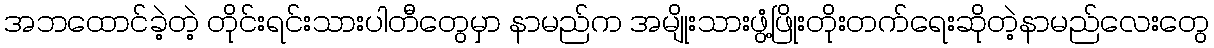
အဘထောင်ခဲ့တဲ့ တိုင်းရင်းသားပါတီတွေမှာ နာမည်က အမျိုးသားဖွံ့ဖြိုးတိုးတက်ရေးဆိုတဲ့နာမည်လေးတွေ